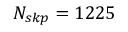
N _ { s k p } = 1 2 2 5